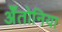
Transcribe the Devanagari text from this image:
अँतोनिया